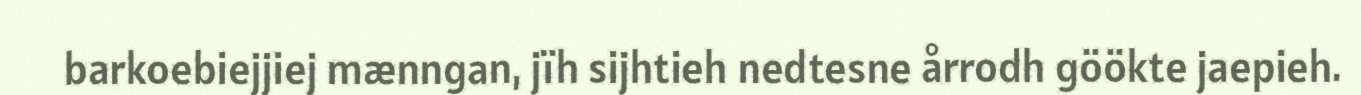
barkoebiejjiej mænngan, jïh sijhtieh nedtesne årrodh göökte jaepieh.